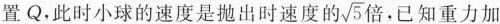
置Q时，小球也恰好到达位置Q，此时小球的速度是抛出时速度的\sqrt{5}倍，已知重力加